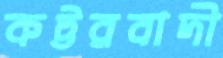
কট্টরবাদী